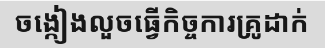
ចង្កៀងលួចធ្វើកិច្ចការគ្រូដាក់